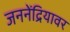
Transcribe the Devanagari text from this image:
जननेंद्रियावर